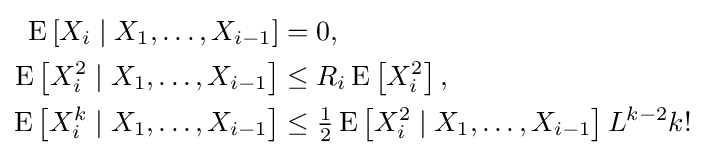
{\begin{aligned}\operatorname {E} \left[X_{i}\mid X_{1},\dots ,X_{i-1}\right]&=0,\\\operatorname {E} \left[X_{i}^{2}\mid X_{1},\dots ,X_{i-1}\right]&\leq R_{i}\operatorname {E} \left[X_{i}^{2}\right],\\\operatorname {E} \left[X_{i}^{k}\mid X_{1},\dots ,X_{i-1}\right]&\leq {\tfrac {1}{2}}\operatorname {E} \left[X_{i}^{2}\mid X_{1},\dots ,X_{i-1}\right]L^{k-2}k!\end{aligned}}